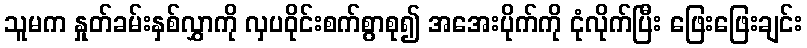
သူမက နှုတ်ခမ်းနှစ်လွှာကို လှပဝိုင်းစက်စွာစု၍ အအေးပိုက်ကို ငုံလိုက်ပြီး ဖြေးဖြေးချင်း